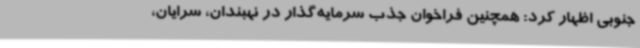
جنوبی اظهار کرد: همچنین فراخوان جذب سرمایه‌گذار در نهبندان، سرایان،